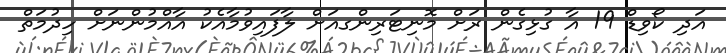
އަދި ކޯވިޑް 19 އާ ގުޅިގެން ރަށް މޮނިޓަރިންގއަށް ލާފައިވުމާއެކު އާއްމުންނަށް ހިދުމަތް